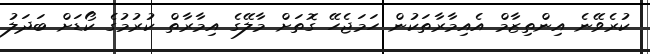
ކުރެވޭނެ އިންތިޒާމް އެއިމާރާތަކުން ހަމަޖެހޭ ގޮތަށް މާލޭގެ އިމާރާތް ކުރުމުގެ ކޯޑަށް ބަދަލު